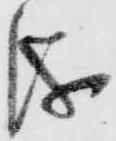
儀